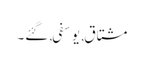
مشتاق, یوسفی, گئے۔